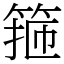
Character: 箍